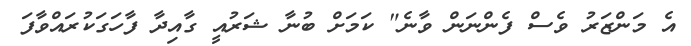
އެ މަންޒަރު ވެސް ފެންނަން ވާނެ" ކަމަށް ބުނާ ޝަރުއީ ގާއިދާ ފާހަގަކުރައްވާފަ